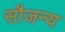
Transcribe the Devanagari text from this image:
सौजन्‍य